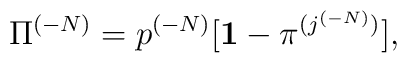
{\Pi}^{(-N)}=p^{(-N)} [ {\bf 1} - {\pi}^{(j^{(-N)})}],